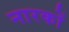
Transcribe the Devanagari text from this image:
नारकों